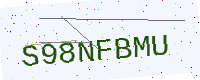
Text: S98NFBMU